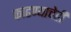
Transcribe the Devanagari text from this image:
काढण्याचेही